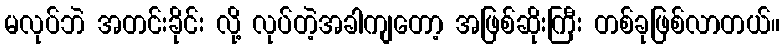
မလုပ်ဘဲ အတင်းခိုင်း လို့ လုပ်တဲ့အခါကျတော့ အဖြစ်ဆိုးကြီး တစ်ခုဖြစ်လာတယ်။